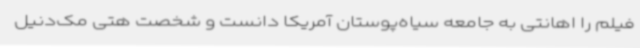
فیلم را اهانتی به جامعه سیاه‌پوستان آمریکا دانست و شخصت هتی مک‌دنیل